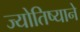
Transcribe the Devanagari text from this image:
ज्योतिष्याने